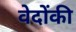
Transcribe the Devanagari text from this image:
वेदोंकी